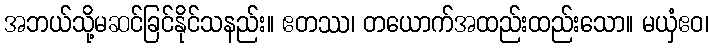
အဘယ်သို့မဆင်ခြင်နိုင်သနည်း။ ဧတဿ၊ တယောက်အထည်းထည်းသော။ မယှံဧဝ၊